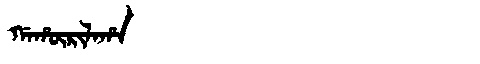
Manchu: ᡤᠠᡥᡡᡵᡳᠯᠠᡥᠠ
Romanization: GAHŪRILAHA